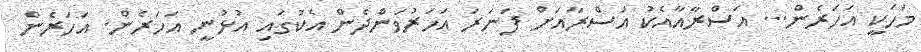
މަހަކީ އަހަރެން... އަސްރާއާއެކު އަސްރާއަށް ފަނަރަ އަހަރުވަންދެން އެކުގައި އުޅުނީ އަހަރެން. އަހަރެން